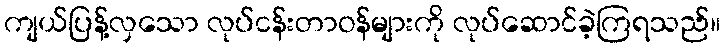
ကျယ်ပြန့်လှသော လုပ်ငန်းတာဝန်များကို လုပ်ဆောင်ခဲ့ကြရသည်။